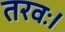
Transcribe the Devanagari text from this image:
तरवः।